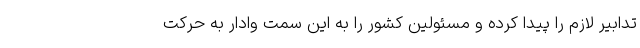
تدابیر لازم را پیدا کرده و مسئولین کشور را به این سمت وادار به حرکت